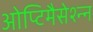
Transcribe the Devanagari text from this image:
ओप्टिमैसेश्न्न